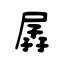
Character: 孱